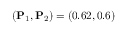
( \mathbf { P } _ { 1 } , \mathbf { P } _ { 2 } ) = ( 0 . 6 2 , 0 . 6 )